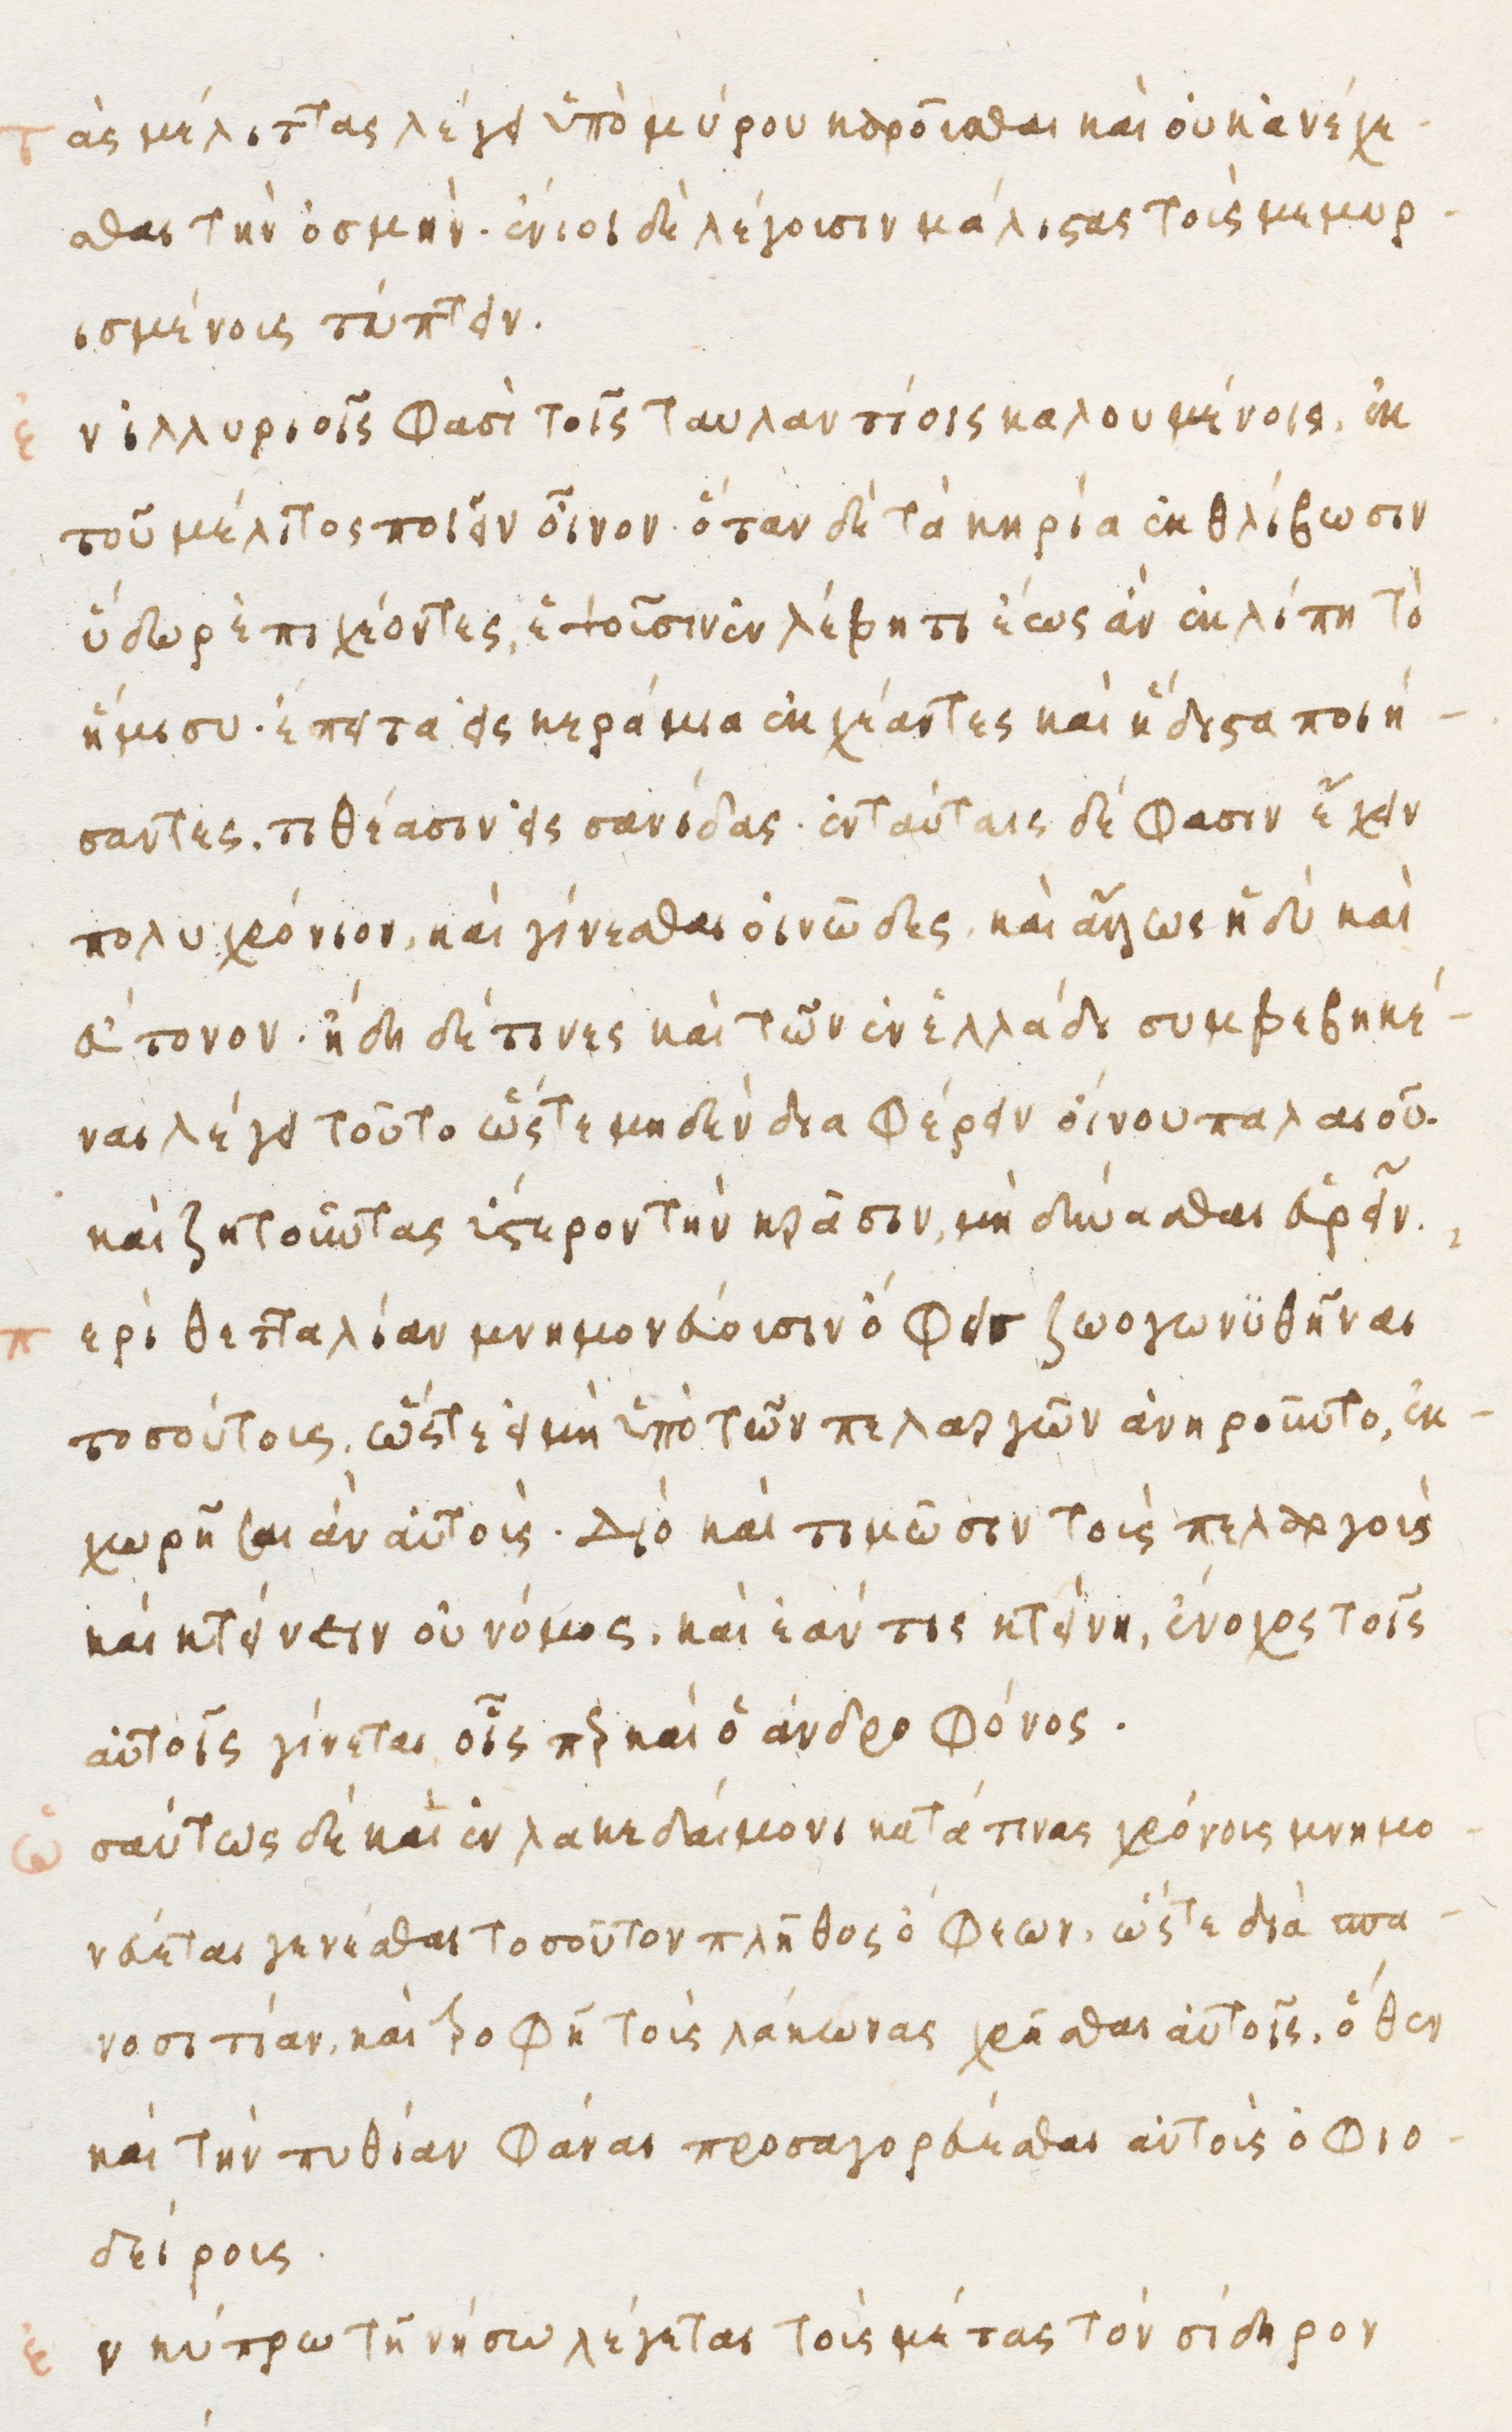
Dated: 1480–1497